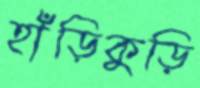
হাঁড়িকুড়ি